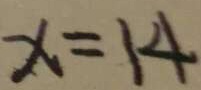
x = 1 4